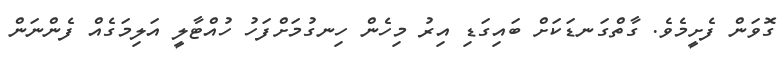
ގޮވަން ފެށީމެވެ. ގާތްގަނޑަކަށް ބައިގަޑި އިރު މިހެން ހިނގުމަށްފަހު ހުއްޓާލީ އަލިމަގެއް ފެންނަން